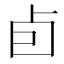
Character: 卣